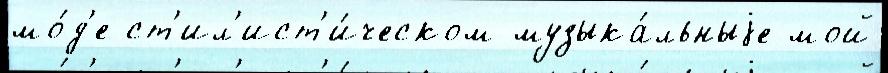
мо́д'е ст'ил'ист'и́ческом музыка́льныjе мой